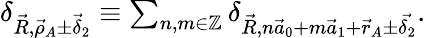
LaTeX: \begin{array}{r}{\delta_{\vec{R},\vec{\rho}_{A}\pm\vec{\delta}_{2}}\equiv\sum_{n,m\in\mathbb{Z}}\delta_{\vec{R},n\vec{a}_{0}+m\vec{a}_{1}+\vec{r}_{A}\pm\vec{\delta_{2}}}.}\end{array}